65_HS1-834228961_62-HQ-83894_Section_9
Agency: FBI
Page 248
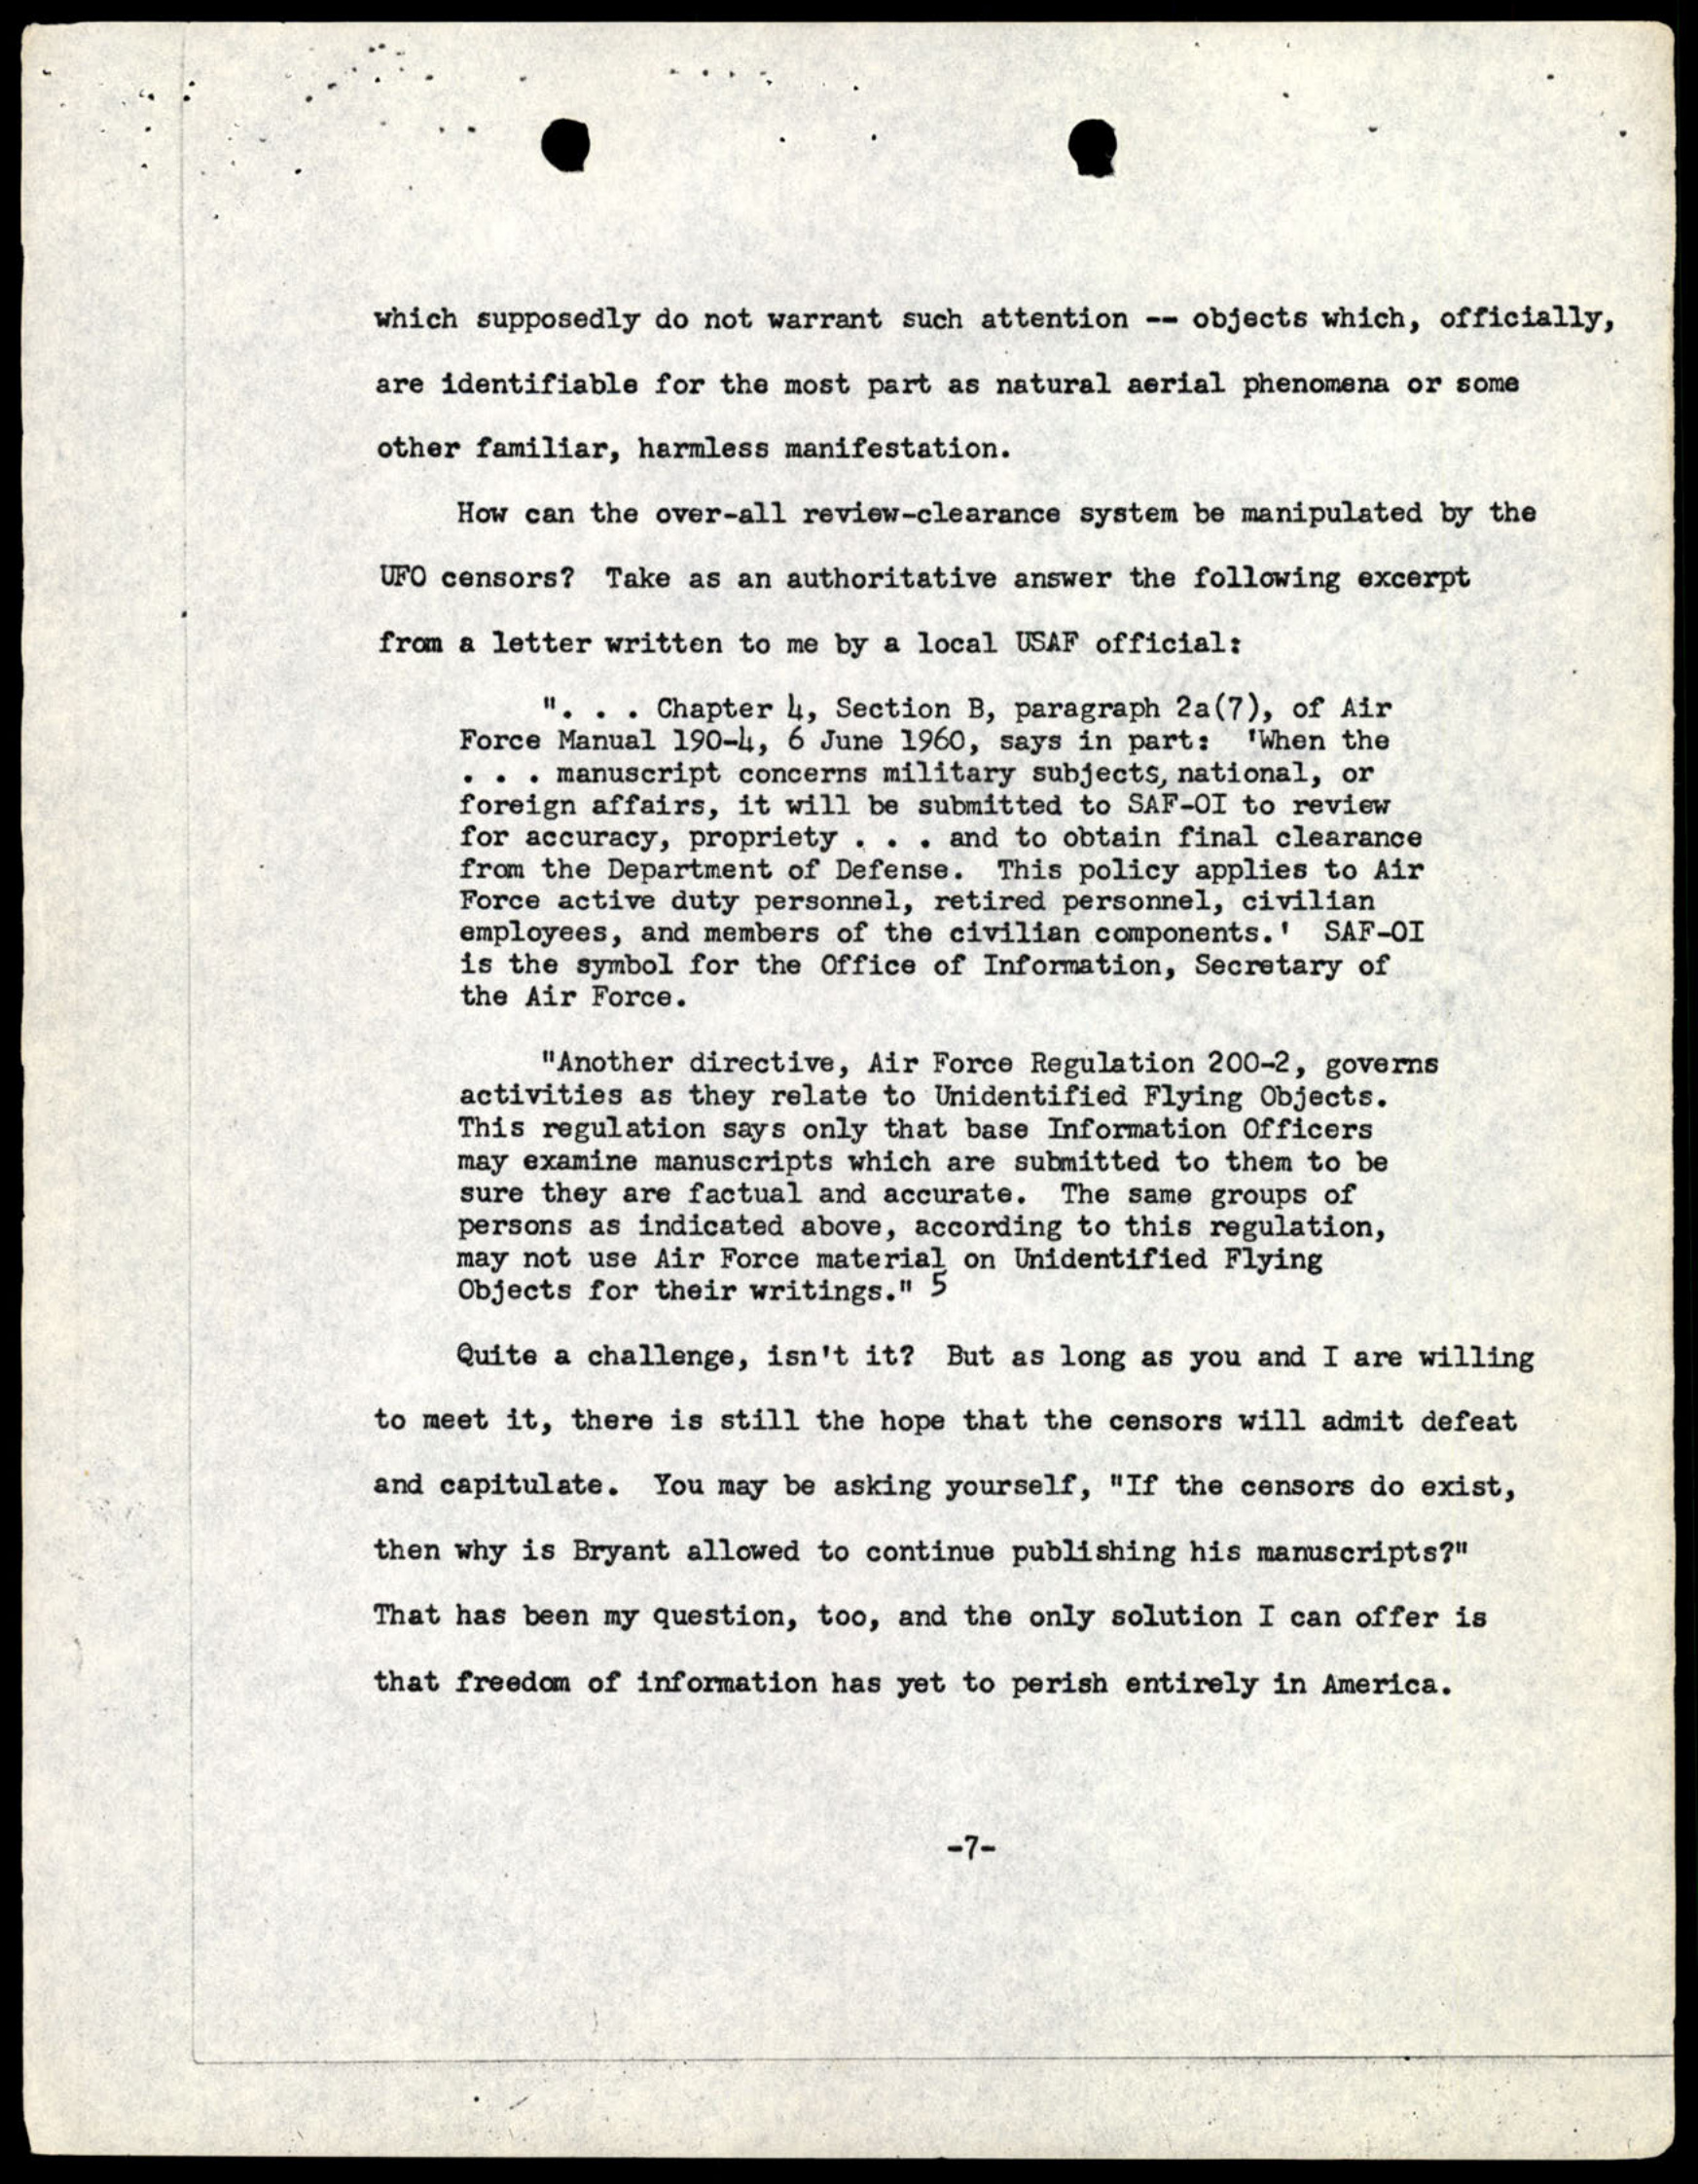